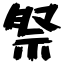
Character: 祭